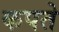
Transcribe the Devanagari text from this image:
कपते